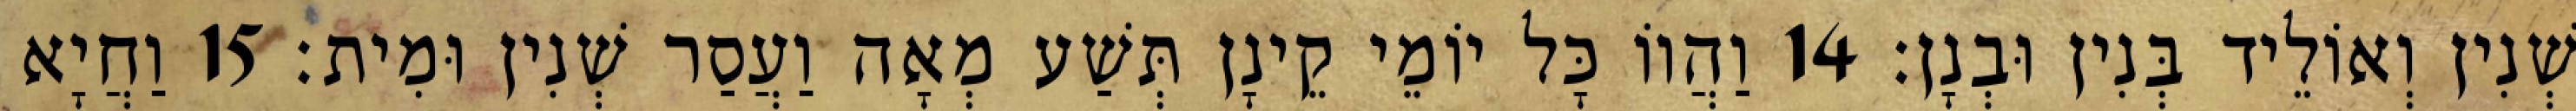
שְׁנִין וְאוֹלֵיד בְּנִין וּבְנָן׃ 14 וַהֲווֹ כָּל יוֹמֵי קֵינָן תְּשַׁע מְאָה וַעֲסַר שְׁנִין וּמִית׃ 15 וַחֲיָא